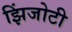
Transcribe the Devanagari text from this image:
झिंजोटी